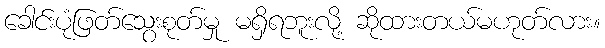
ခေါင်းပုံဖြတ်သွေးစုတ်မှု မရှိရဘူးလို့ ဆိုထားတယ်မဟုတ်လား။